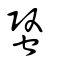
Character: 蜸